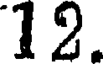
12.